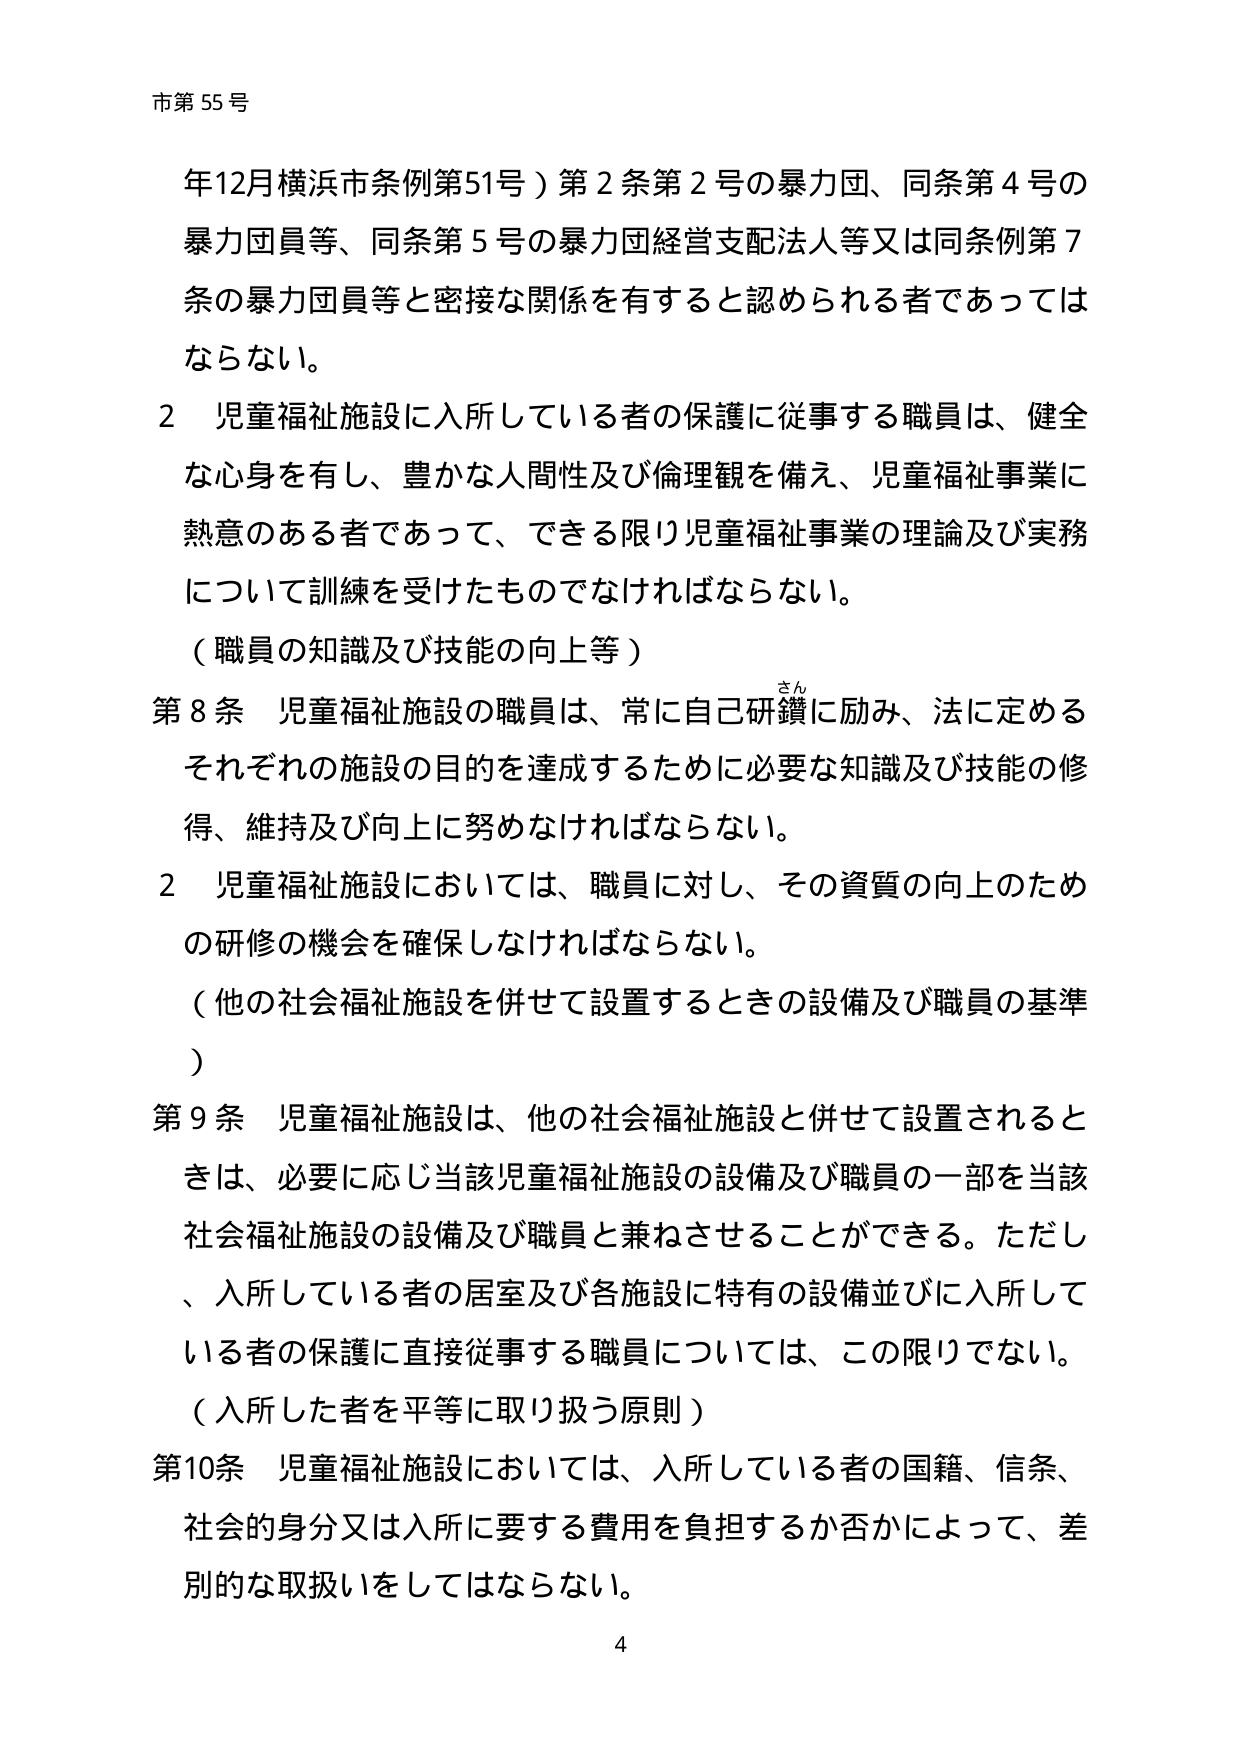
市第55号

年12月横浜市条例第51号）第2条第2号の暴力団、同条第4号の暴力団員等、同条第5号の暴力団経営支配法人等又は同条例第7条の暴力団員等と密接な関係を有すると認められる者であってはならない。

2 児童福祉施設に入所している者の保護に従事する職員は、健全な心身を有し、豊かな人間性及び倫理観を備え、児童福祉事業に熱意のある者であって、できる限り児童福祉事業の理論及び実務について訓練を受けたものでなければならない。

（職員の知識及び技能の向上等）

第8条 児童福祉施設の職員は、常に自己研鑽に励み、法に定めるそれぞれの施設の目的を達成するために必要な知識及び技能の修得、維持及び向上に努めなければならない。

2 児童福祉施設においては、職員に対し、その資質の向上のための研修の機会を確保しなければならない。

（他の社会福祉施設を併せて設置するときの設備及び職員の基準）

第9条 児童福祉施設は、他の社会福祉施設と併せて設置されるときは、必要に応じ当該児童福祉施設の設備及び職員の一部を当該社会福祉施設の設備及び職員と兼ねさせることができる。ただし、入所している者の居室及び各施設に特有の設備並びに入所している者の保護に直接従事する職員については、この限りでない。

（入所した者を平等に取り扱う原則）

第10条 児童福祉施設においては、入所している者の国籍、信条、社会的身分又は入所に要する費用を負担するか否かによって、差別的な取扱いをしてはならない。

4